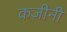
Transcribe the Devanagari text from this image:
कजीनी